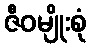
ဇီဝမျိုးစုံ